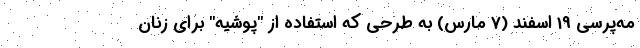
مه‌پرسی 19 اسفند (7 مارس) به طرحی که استفاده از "پوشیه" برای زنان